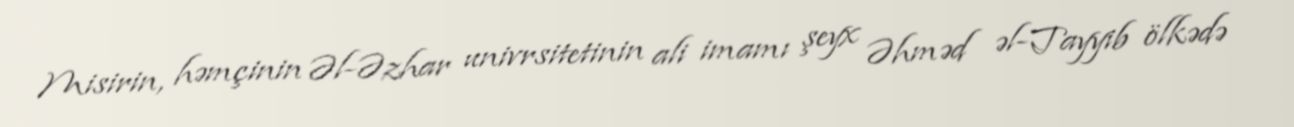
Misirin, həmçinin Əl-Əzhar univrsitetinin ali imamı şeyx Əhməd əl-Tayyib ölkədə